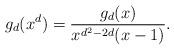
LaTeX: \begin{align*}g_d(x^d) = \frac{g_d(x)}{x^{d^2-2d}(x-1)}.\end{align*}